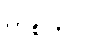
ဟစ်တိုင်